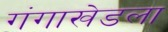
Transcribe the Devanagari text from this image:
गंगाखेडला